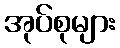
အုပ်စုများ